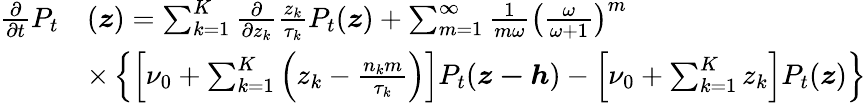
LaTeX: \begin{array}{rl}{\frac{\partial}{\partial t}P_{t}}&{(\boldsymbol{z})=\sum_{k=1}^{K}\frac{\partial}{\partial z_{k}}\frac{z_{k}}{\tau_{k}}P_{t}(\boldsymbol{z})+\sum_{m=1}^{\infty}\frac{1}{m\omega}\left(\frac{\omega}{\omega+1}\right)^{m}}\\ &{\times\left\{ \left[\nu_{0}+\sum_{k=1}^{K}\left(z_{k}-\frac{n_{k}m}{\tau_{k}}\right)\right]P_{t}(\boldsymbol{z-h})-\left[\nu_{0}+\sum_{k=1}^{K}z_{k}\right]P_{t}(\boldsymbol{z})\right\} }\end{array}